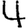
Digit: 4